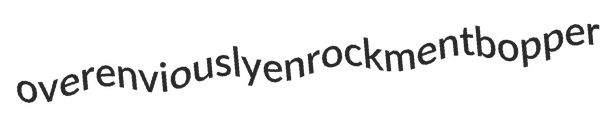
overenviously enrockment bopper